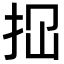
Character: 𢫏